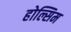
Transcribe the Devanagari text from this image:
होल्सिम